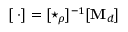
[ \mathbf { \nabla } \cdot ] = [ \star _ { \rho } ] ^ { - 1 } [ \mathbf { M } _ { d } ]